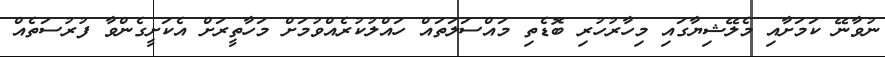
ނުވާނޭ ކަމަށާއި މެލޭޝިޔާގައި މިހާރުހުރި ބޮޑެތި މައްސަލަތައް ހައްލުކުރެއްވުމަށް މަހާތީރަށް އެކަށީގެންވާ ފުރުސަތެއް